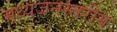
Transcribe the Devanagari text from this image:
मध्यजनस्तरीय